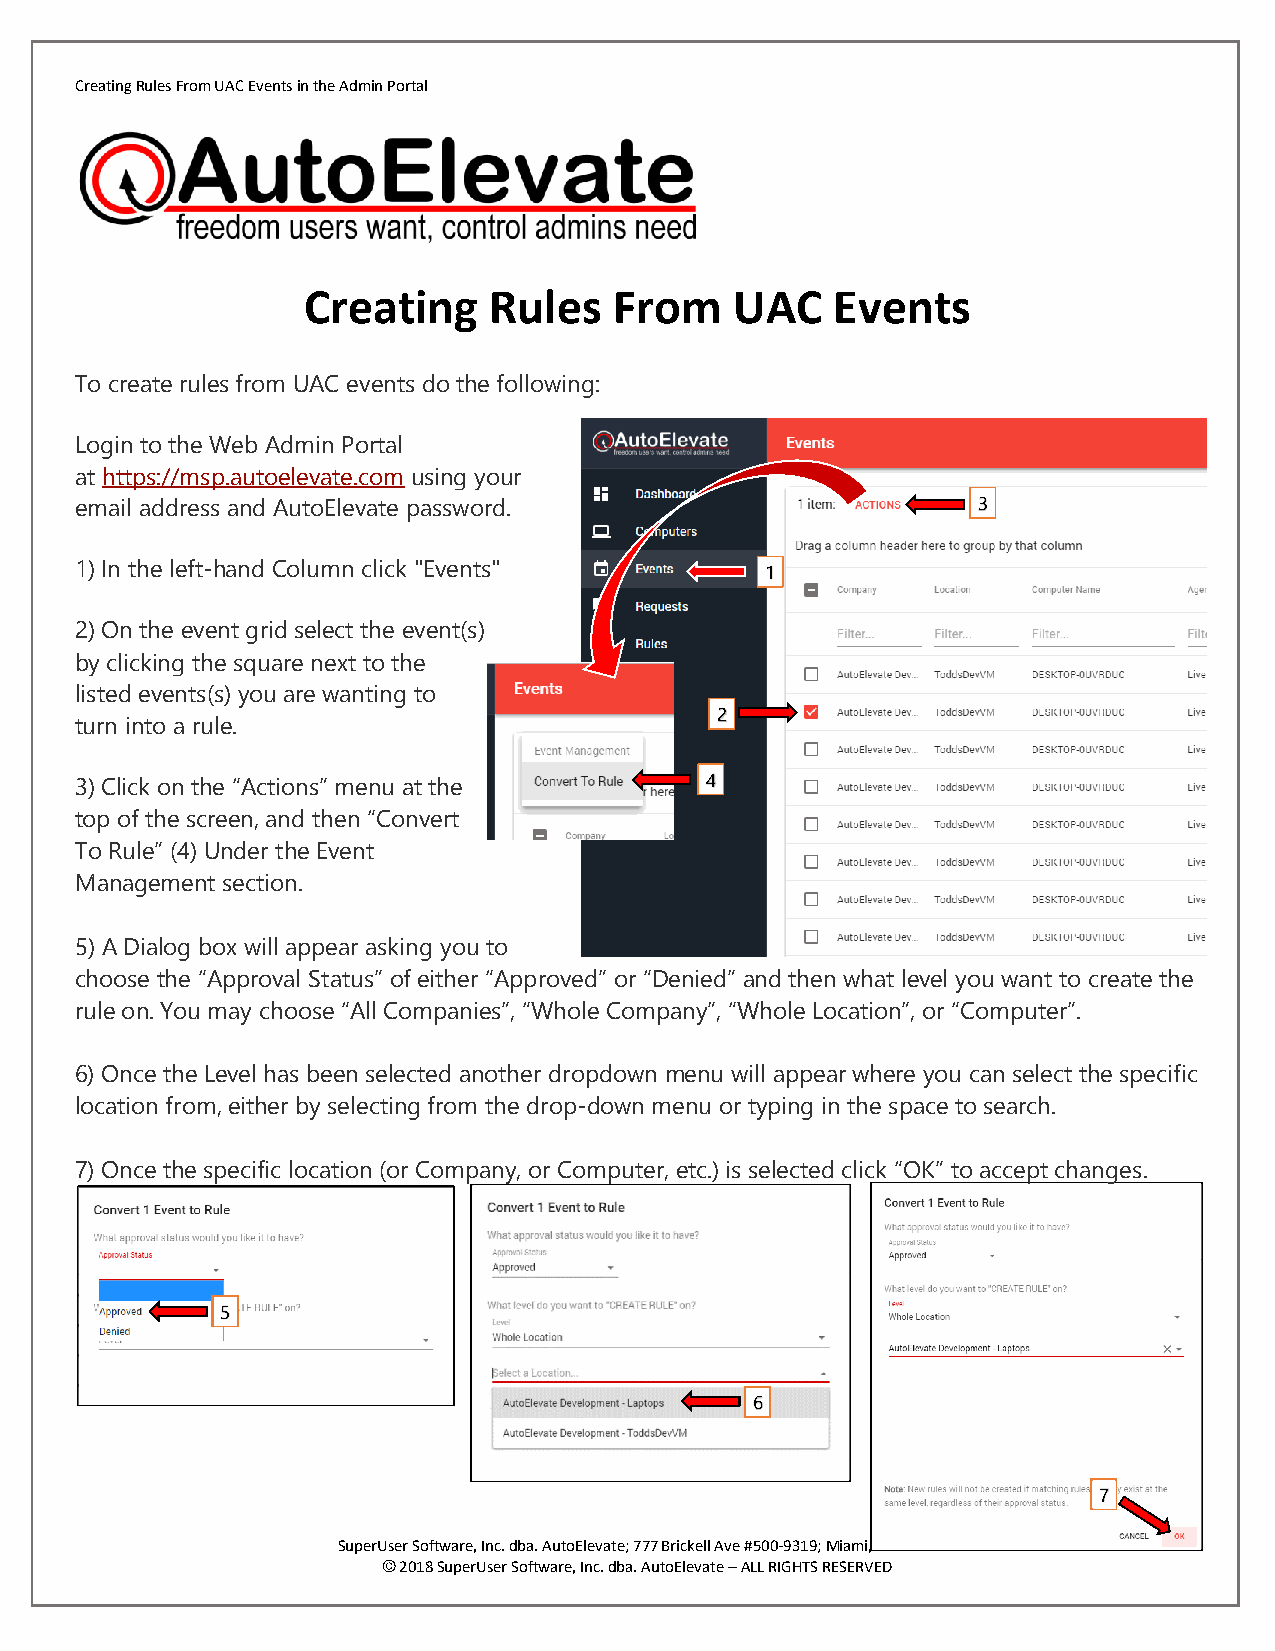
Creating Rules From UAC Events in the Admin Portal
 Creating    Rules    From    UAC   Events
 To create rules from UAC events do the following:
 Login to the Web Admin Portal
 at https://msp.autoelevate.com using your
 email address and AutoElevate password.                     3
 1) In the left-hand Column click "Events"     1
 2) On the event grid select the event(s)
 by clicking the square next to the
 listed events(s) you are wanting to
 2
 turn into a rule.
 3) Click on the “Actions” menu at the     4
 top of the screen, and then “Convert
 To Rule” (4) Under the Event
 Management section.
 5) A Dialog box will appear asking you to
 choose the “Approval Status” of either “Approved” or “Denied” and then what level you want to create the
 rule on. You may choose “All Companies”, “Whole Company”, “Whole Location”, or “Computer”.
 6) Once the Level has been selected another dropdown menu will appear where you can select the specific
 location from, either by selecting from the drop-down menu or typing in the space to search.
 7) Once the specific location (or Company, or Computer, etc.) is selected click “OK” to accept changes.
 5
 6
 7
 P ag e 1 of 1
 SuperUser Software, Inc. dba. AutoElevate; 777 Brickell Ave #500-9319; Miami, FL 33131
 © 2018 SuperUser Software, Inc. dba. AutoElevate – ALL RIGHTS RESERVED